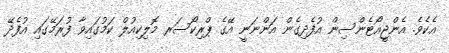
އެކެވެ. އެންޖީއޯޓެންސިން އުފެދިގެން އަންނަނީ އޭގެ ޕްރިކޯސަރ މޮލިކިއުލް ކަމުގައިވާ ފުރަމޭގައި އުފެދޭ